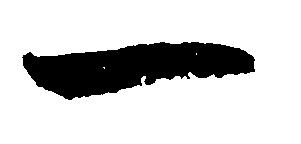
一